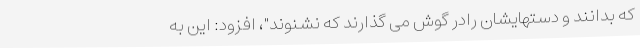
که بدانند و دستهایشان رادر گوش می گذارند که نشنوند"، افزود: این به